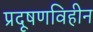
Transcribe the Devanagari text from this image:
प्रदूषणविहीन